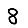
Digit: 8